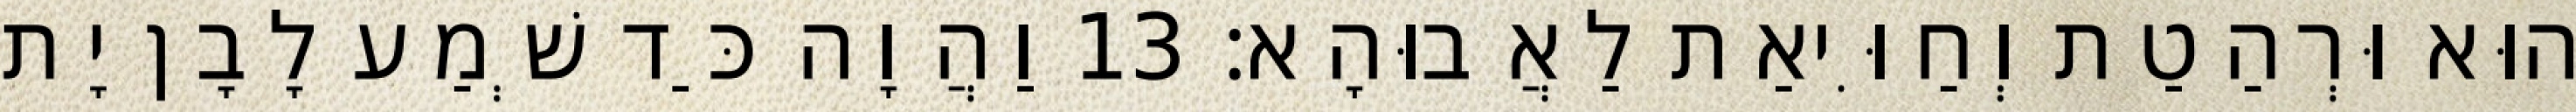
הוּא וּרְהַטַת וְחַוִּיאַת לַאֲבוּהָא׃ 13 וַהֲוָה כַּד שְׁמַע לָבָן יָת